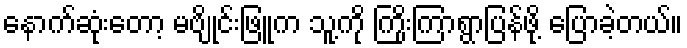
နောက်ဆုံးတော့ မဗျိုင်းဖြူက သူ့ကို ကြိုးကြာရွာပြန်ဖို့ ပြောခဲ့တယ်။